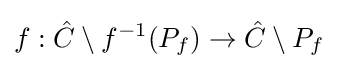
f:{\hat {C}}\setminus f^{-1}(P_{f})\rightarrow {\hat {C}}\setminus P_{f}